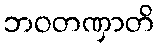
ဘဝတဏှာတိ